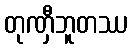
တုဏှီဘူတဿ